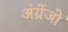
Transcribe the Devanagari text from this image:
अंग्रेंजो